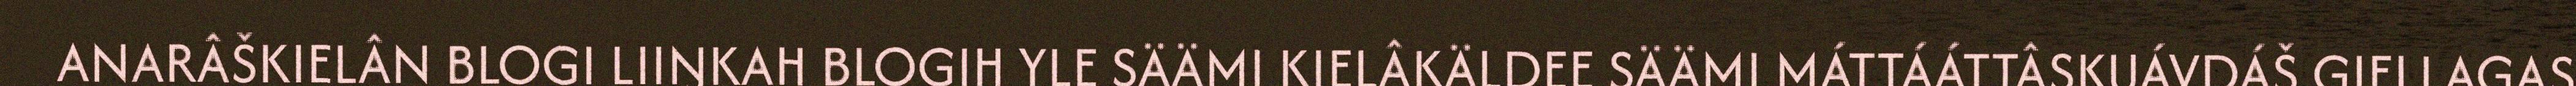
ANARÂŠKIELÂN BLOGI LIIŊKAH BLOGIH YLE SÄÄMI KIELÂKÄLDEE SÄÄMI MÁTTÁÁTTÂSKUÁVDÁŠ GIELLAGAS